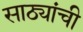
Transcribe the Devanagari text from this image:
साठ्यांची